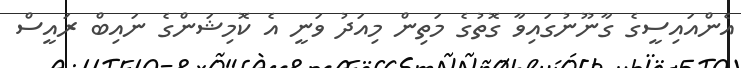
އެންއައިސީގެ ގާނޫނުގައިވާ ގޮތުގެ މަތިން މިއަދު ވަނީ އެ ކޮމިޝަންގެ ނައިބް ރައީސް